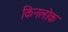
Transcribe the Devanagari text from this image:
किनलोक